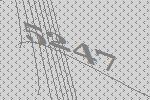
5247